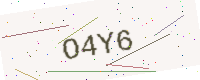
Text: O4Y6